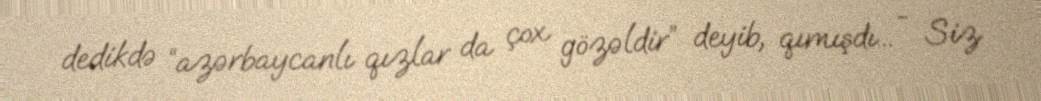
dedikdə “azərbaycanlı qızlar da çox gözəldir” deyib, qımışdı... - Siz